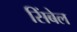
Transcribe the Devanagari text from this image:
सिंबेल